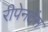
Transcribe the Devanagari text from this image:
रीपेनटेंस